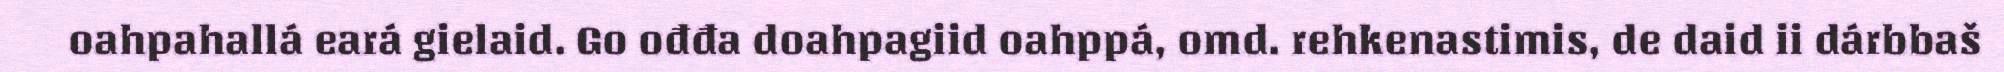
oahpahallá eará gielaid. Go ođđa doahpagiid oahppá, omd. rehkenastimis, de daid ii dárbbaš